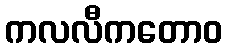
ကလလီကတောဝ